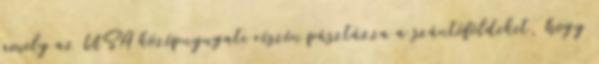
amely az USA középnyugati részén pásztázza a szántóföldeket, hogy